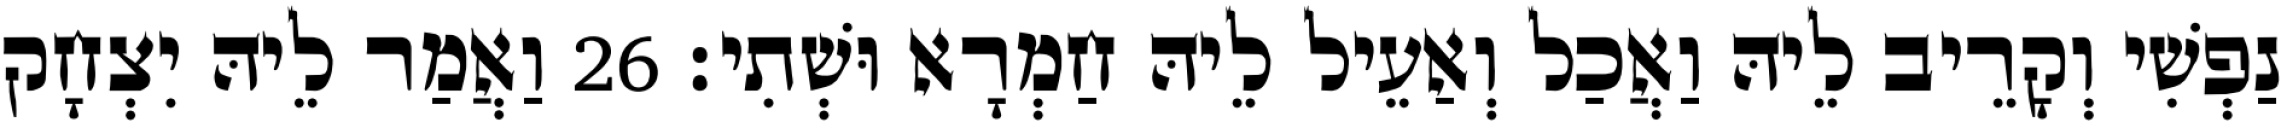
נַפְשִׁי וְקָרֵיב לֵיהּ וַאֲכַל וְאַעֵיל לֵיהּ חַמְרָא וּשְׁתִי׃ 26 וַאֲמַר לֵיהּ יִצְחָק